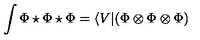
\int \Phi \star \Phi \star \Phi = \langle V | ( \Phi \otimes \Phi \otimes \Phi )